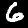
Label: 6